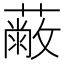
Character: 𦽗